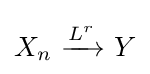
X_{n}\ {\xrightarrow {\overset {}{L^{r}}}}\ Y